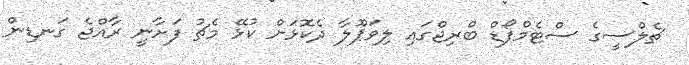
ޗެލްސީގެ ސްޓެމްފޯޑް ބްރިޖްގައި ލިވަޕޫލާ ދެކޮޅަށް ކުޅޭ މެޗު ފަށާނީ ރާއްޖެ ގަނޑިން